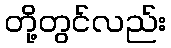
တို့တွင်လည်း